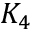
K _ { 4 }